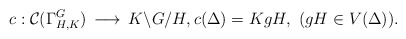
\begin{align*}c: \mathcal{C}(\Gamma^G_{H, K})\,\longrightarrow\, K\backslash G / H,c(\Delta) = KgH,\,\,(gH \in V(\Delta)).\end{align*}